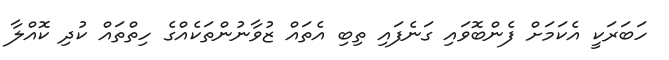
ހަބަރަކީ އެކަމަށް ފެންބޮވައި ގަނެފައި ތިބި އެތައް ޒުވާނުންތަކެއްގެ ހިތްތައް ކުދި ކޮއްލާ